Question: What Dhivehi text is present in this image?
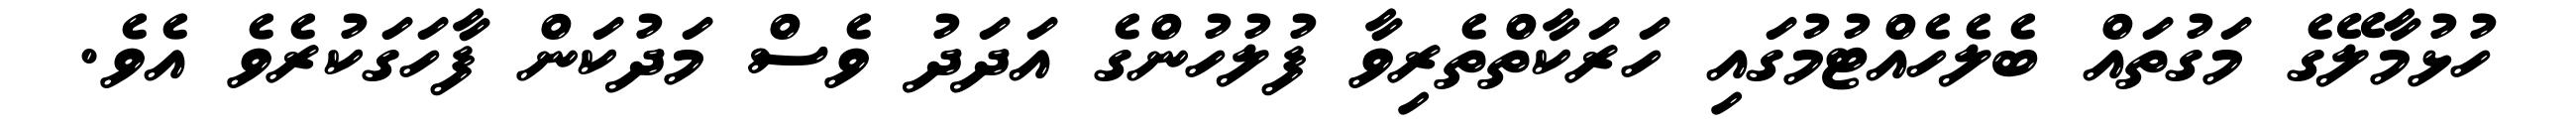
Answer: ހުޅުމާލޭގެ މަގުތައް ބެލެހެއްޓުމުގައި ހަރަކާތްތެރިވާ ފުލުހުންގެ އަދަދު ވެސް މަދުކަން ފާހަގަކުރެވެ އެވެ.